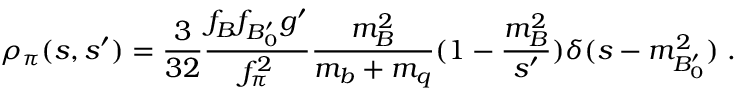
\rho _ { \pi } ( s , s ^ { \prime } ) = { \frac { 3 } { 3 2 } } { \frac { f _ { B } f _ { B _ { 0 } ^ { \prime } } g ^ { \prime } } { f _ { \pi } ^ { 2 } } } { \frac { m _ { B } ^ { 2 } } { m _ { b } + m _ { q } } } ( 1 - { \frac { m _ { B } ^ { 2 } } { s ^ { \prime } } } ) \delta ( s - m _ { B _ { 0 } ^ { \prime } } ^ { 2 } ) \; .